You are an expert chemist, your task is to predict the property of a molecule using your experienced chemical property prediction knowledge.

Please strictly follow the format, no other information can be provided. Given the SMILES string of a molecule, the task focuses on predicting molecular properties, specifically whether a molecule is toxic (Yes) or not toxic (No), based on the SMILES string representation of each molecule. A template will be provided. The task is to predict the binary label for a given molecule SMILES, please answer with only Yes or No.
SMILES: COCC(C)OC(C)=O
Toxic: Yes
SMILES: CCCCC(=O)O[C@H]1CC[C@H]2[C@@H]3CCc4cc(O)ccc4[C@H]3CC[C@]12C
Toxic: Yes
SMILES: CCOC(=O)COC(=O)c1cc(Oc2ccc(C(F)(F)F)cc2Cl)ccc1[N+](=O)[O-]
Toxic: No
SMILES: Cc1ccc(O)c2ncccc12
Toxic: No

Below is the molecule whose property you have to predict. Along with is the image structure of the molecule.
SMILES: CCOC(=O)CC(C)=O
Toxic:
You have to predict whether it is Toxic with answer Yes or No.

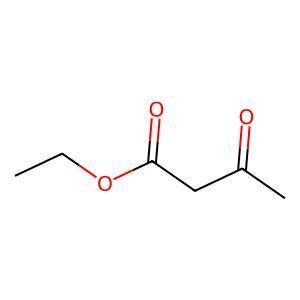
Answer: No